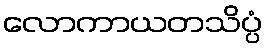
လောကာယတသိပ္ပံ